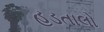
હડતાલો